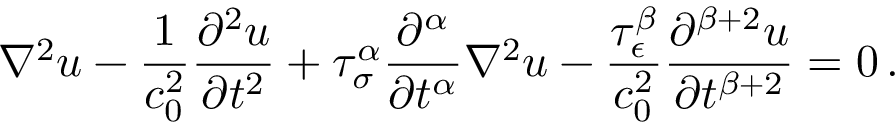
\nabla ^ { 2 } u - { \frac { 1 } { c _ { 0 } ^ { 2 } } } { \frac { \partial ^ { 2 } u } { \partial t ^ { 2 } } } + \tau _ { \sigma } ^ { \alpha } { \frac { \partial ^ { \alpha } } { \partial t ^ { \alpha } } } \nabla ^ { 2 } u - { \frac { \tau _ { \epsilon } ^ { \beta } } { c _ { 0 } ^ { 2 } } } { \frac { \partial ^ { \beta + 2 } u } { \partial t ^ { \beta + 2 } } } = 0 \, .